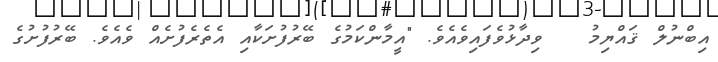
އިބްނުލް ޤައްޔިމު   ވިދާޅުވެފައިވެއެވެ. "އީމާންކަމުގެ ބޭރުފުށަކާއި އެތެރެފުށެއް ވެއެވެ. ބޭރުފުށުގެ